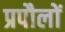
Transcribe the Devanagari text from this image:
प्रपौलों